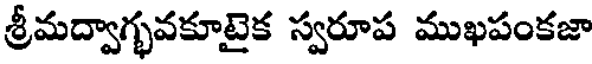
శ్రీమద్వాగ్భవకూటైక స్వరూప ముఖపంకజా